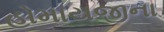
હોમાયજીના